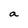
Character: a